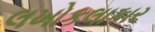
લખોકલાકાર